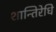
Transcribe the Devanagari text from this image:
शान्तिरेधि